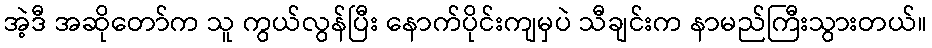
အဲ့ဒီ အဆိုတော်က သူ ကွယ်လွန်ပြီး နောက်ပိုင်းကျမှပဲ သီချင်းက နာမည်ကြီးသွားတယ်။